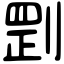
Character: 㓻